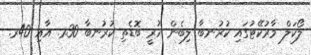
ލޯކަލް މާރުކޭޓުގައި ކުރުނބާ ލިބެން ހުރީ ބޮޑެތި ކުރުނބާ 30ރ. އާއި 40ރ.